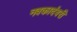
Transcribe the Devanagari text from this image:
नवकादंबरी